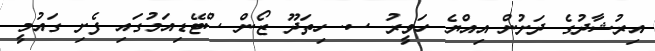
އިރުޝާދުގެ ދަށުން އިއްޔެ ހަވީރު ސ. ހިތަދޫ ޒޯން ސްޓޭޑިއަމުގައި ފެށި ގައުމީ